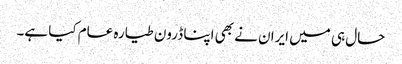
حال ہی میں ایران نے بھی اپنا ڈرون طیارہ عام کیا ہے۔